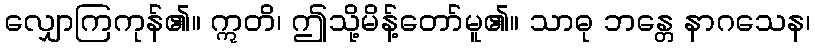
လျှောကြကုန်၏။ ဣတိ၊ ဤသို့မိန့်တော်မူ၏။ သာဓု ဘန္တေ နာဂသေန၊